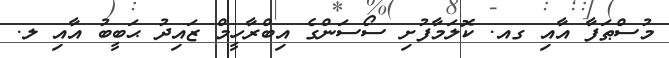
މުސްޠަފާ އާއި ގއ. ކޮލަމާފުށި ސޯސަންގެ އިބްރާހީމް ޒައިދު ޙަބީބު އާއި ލ.